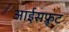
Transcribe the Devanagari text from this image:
आईसफ्रूट